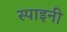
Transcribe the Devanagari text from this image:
स्पाइनी